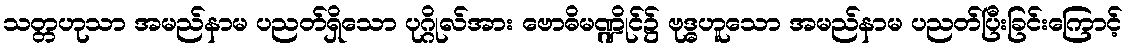
သတ္တဟုသာ အမည်နာမ ပညတ်ရှိသော ပုဂ္ဂိုလ်အား ဗောဓိမဏ္ဍိုင်၌ ဗုဒ္ဓဟူသော အမည်နာမ ပညတ်ပြီးခြင်းကြောင့်